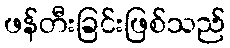
ဖန်တီးခြင်းဖြစ်သည်